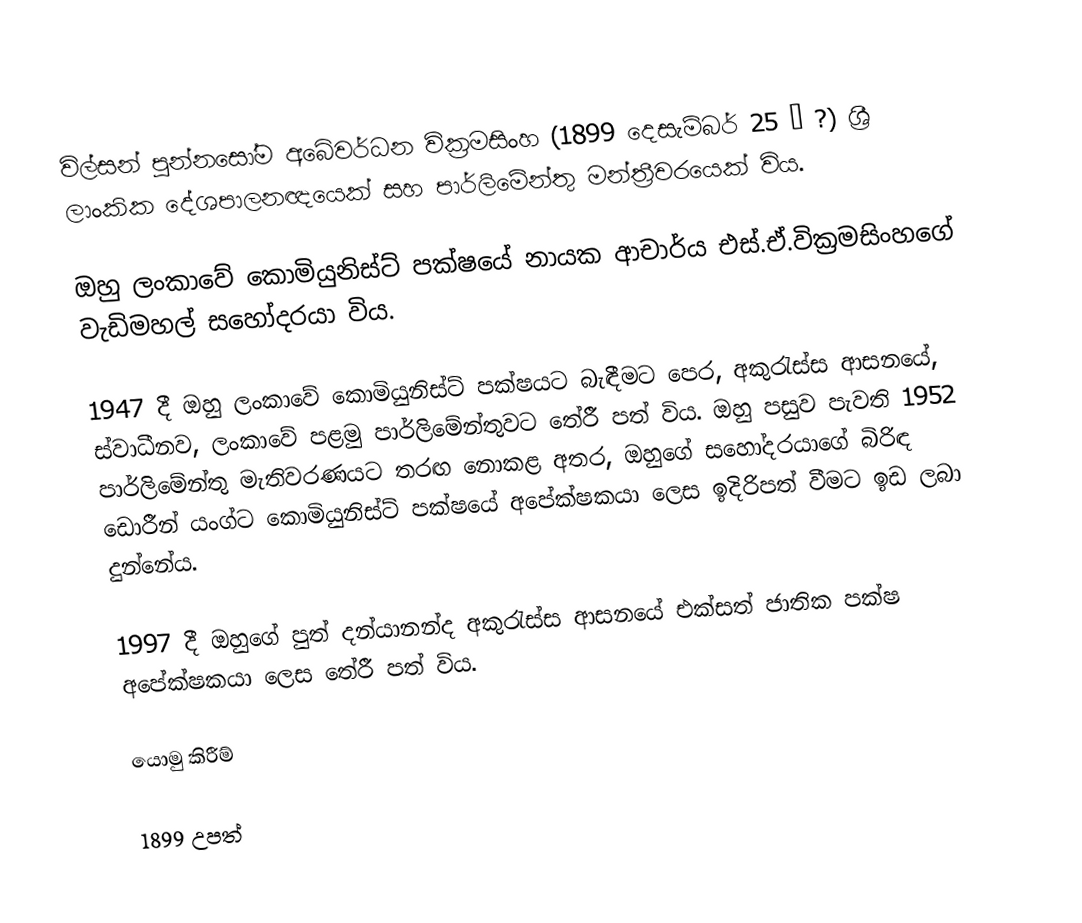
විල්සන් පුන්නසෝම අබේවර්ධන වික්‍රමසිංහ (1899 දෙසැම්බර් 25 – ?) ශ්‍රී ලාංකික දේශපාලනඥයෙක් සහ පාර්ලිමේන්තු මන්ත්‍රීවරයෙක් විය.

ඔහු ලංකාවේ කොමියුනිස්ට් පක්ෂයේ නායක ආචාර්ය එස්.ඒ.වික්‍රමසිංහගේ වැඩිමහල් සහෝදරයා විය.

1947 දී ඔහු ලංකාවේ කොමියුනිස්ට් පක්ෂයට බැඳීමට පෙර, අකුරැස්ස ආසනයේ,  ස්වාධීනව, ලංකාවේ පළමු පාර්ලිමේන්තුවට තේරී පත් විය.  ඔහු පසුව පැවති 1952 පාර්ලිමේන්තු මැතිවරණයට තරඟ නොකළ අතර, ඔහුගේ සහෝදරයාගේ බිරිඳ ඩොරීන් යංග්ට කොමියුනිස්ට් පක්ෂයේ අපේක්ෂකයා ලෙස ඉදිරිපත් වීමට ඉඩ ලබා දුන්නේය.

1997 දී ඔහුගේ පුත් දන්යානන්ද අකුරැස්ස ආසනයේ එක්සත් ජාතික පක්ෂ අපේක්ෂකයා ලෙස තේරී පත් විය.

යොමු කිරීම්

1899 උපත්